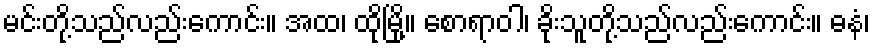
မင်းတို့သည်လည်းကောင်း။ အထ၊ ထိုမြို့။ စောရာဝါ၊ ခိုးသူတို့သည်လည်းကောင်း။ ဓနံ၊